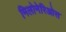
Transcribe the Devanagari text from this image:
मिलोनेरिओस